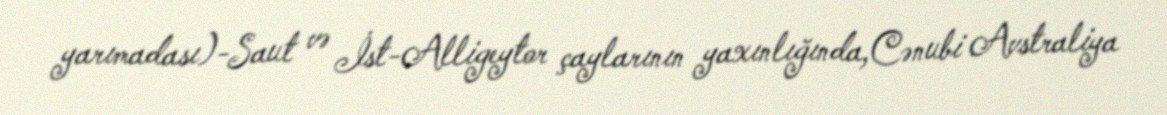
yarımadası)-Saut və İst-Alligeytor çaylarının yaxınlığında,Cənubi Avstraliya